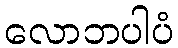
လောဘပါပံ